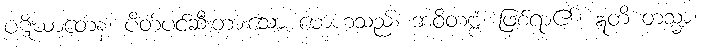
ပဋိဃာတေန၊ ပိတ်ပင်ဆီးတားသော မောဟသည်။ ဘဝိတဗ္ဗံ၊ ဖြစ်ရာ၏။ ဣတိ တသ္မာ၊